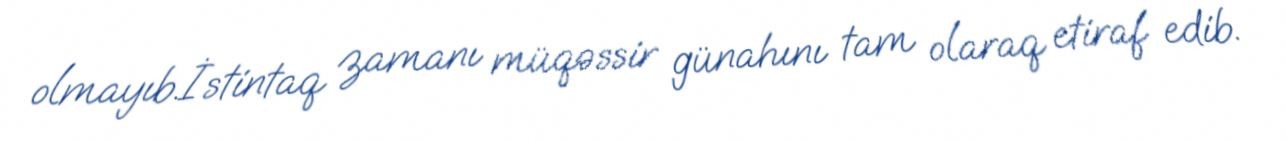
olmayıb.İstintaq zamanı müqəssir günahını tam olaraq etiraf edib.